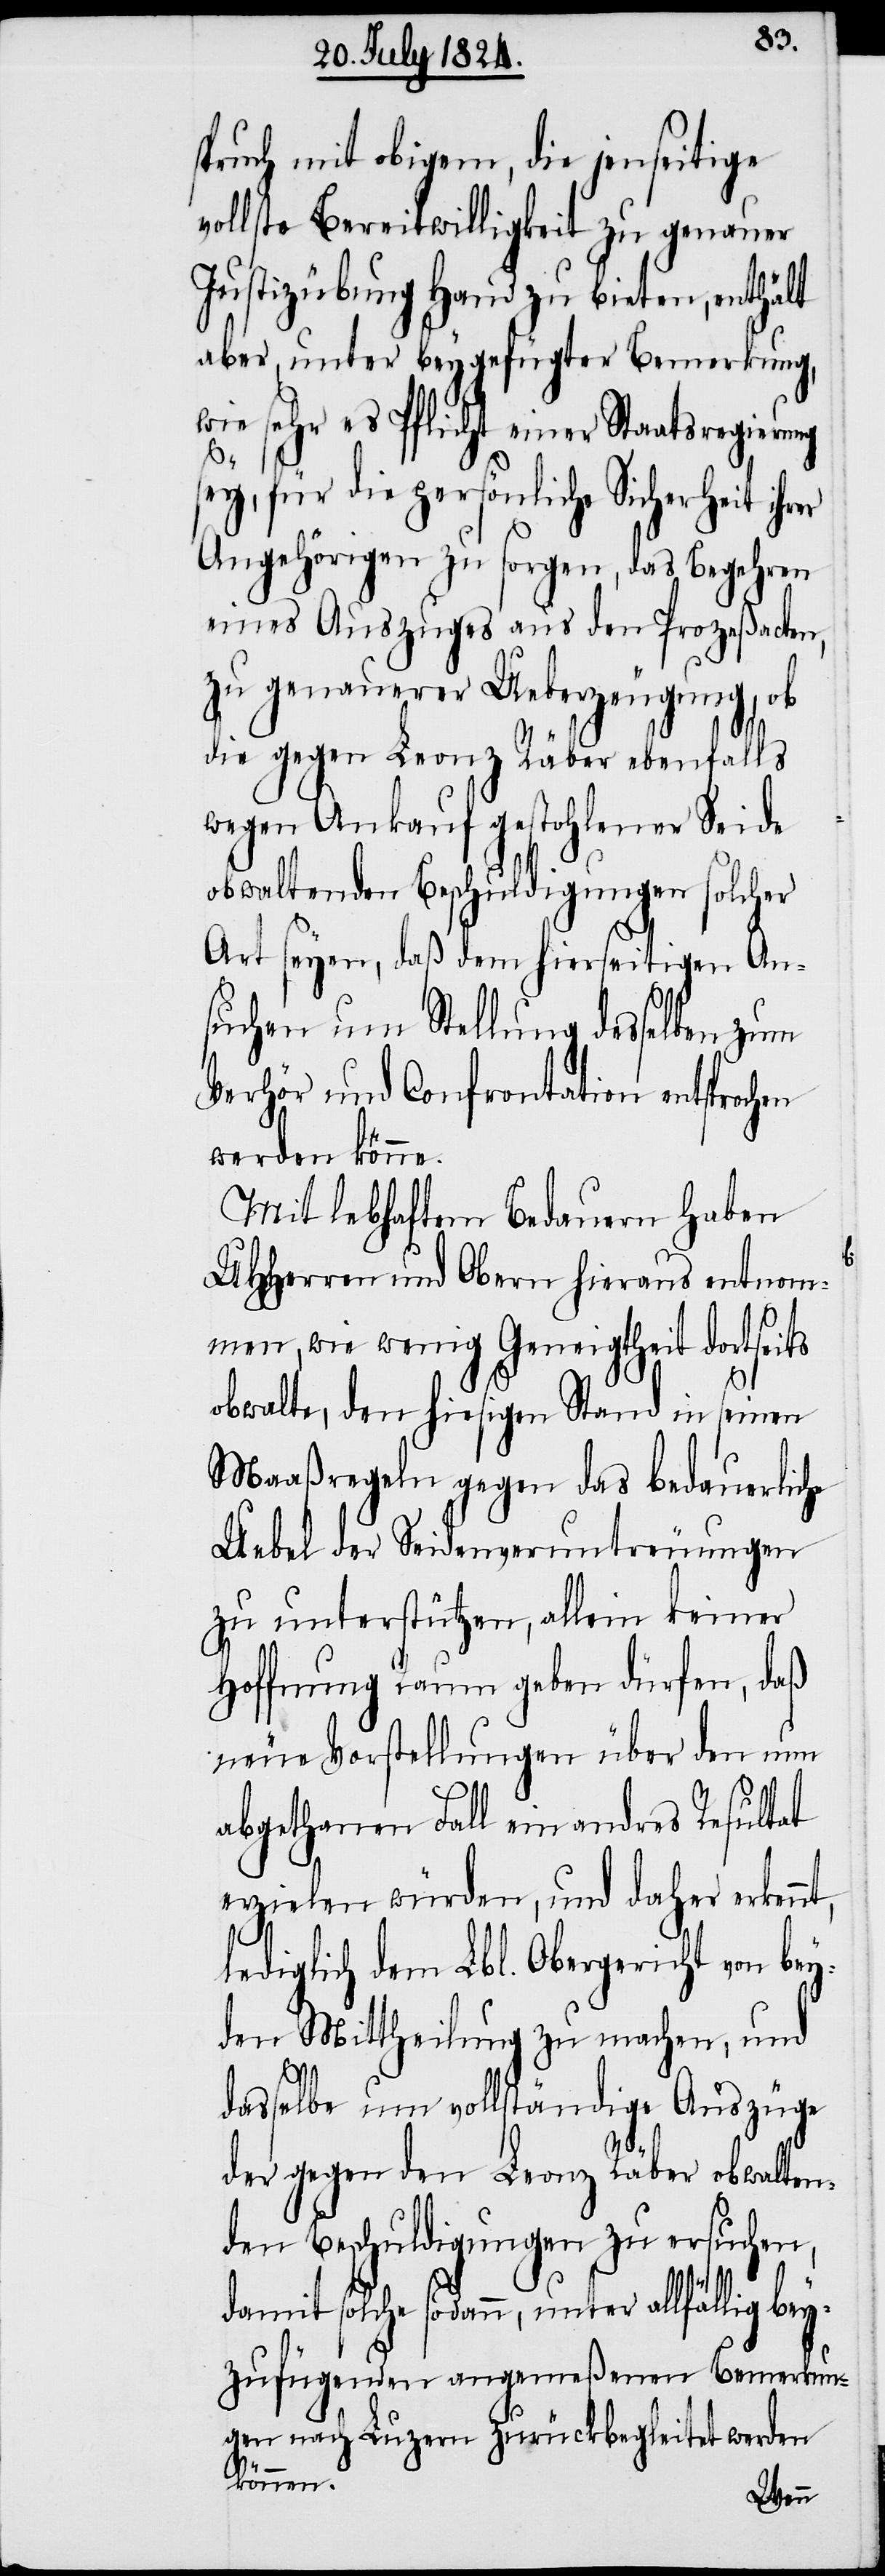
spruch mit obigem, die jenseitige
vollste Bereitwilligkeit zu genauer
Justizübung Hand zu bieten, enthält
aber unter beygefügter Bemerkung,
wie sehr es Pflicht einer Staatsregierung
sey, für die persönliche Sicherheit ihr¬
Angehörigen zu sorgen, das Begehren
eines Auszuges aus den Prozeßacten,
zu genauerer Ueberzeugung, ob
die gegen Leonz Räber ebenfalls
wegen Ankauf gestohlener Seide
obwaltenden Beschuldigungen solcher
Art seyen, daß dem hierseitigen An¬
suchen um Stellung desselben zum
Verhör und Confrontation entsprochen
werden könne.
Mit lebhaftem Bedauern haben
UHHerren und Obern hieraus entnom¬
men, wie wenig Geneigtheit dortseits
obwalte, den hiesigen Stand in seinen
Maaßregeln gegen das bedauerliche
Uebel der Seidenveruntreuungen
zu unterstützen, allein keiner
Hoffnung Raum geben dürfen, daß
neue Vorstellungen über den nun
er
abgethanen Fall ein andres Resultat
erzielen würden, und daher erkennt,
lediglich dem Lbl. Obergericht von be¬
yden Mittheilung zu machen, und
dasselbe um vollständige Auszüge
der gegen den Leonz Räber obwalten¬
den Beschuldigungen zu ersuchen,
damit solche sodann, unter allfällig bey¬
zufügenden angemeßenen Bemerkun¬
gen nach Luzern zurückbegleitet werden
können.